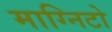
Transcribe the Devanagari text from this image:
माग्निटो